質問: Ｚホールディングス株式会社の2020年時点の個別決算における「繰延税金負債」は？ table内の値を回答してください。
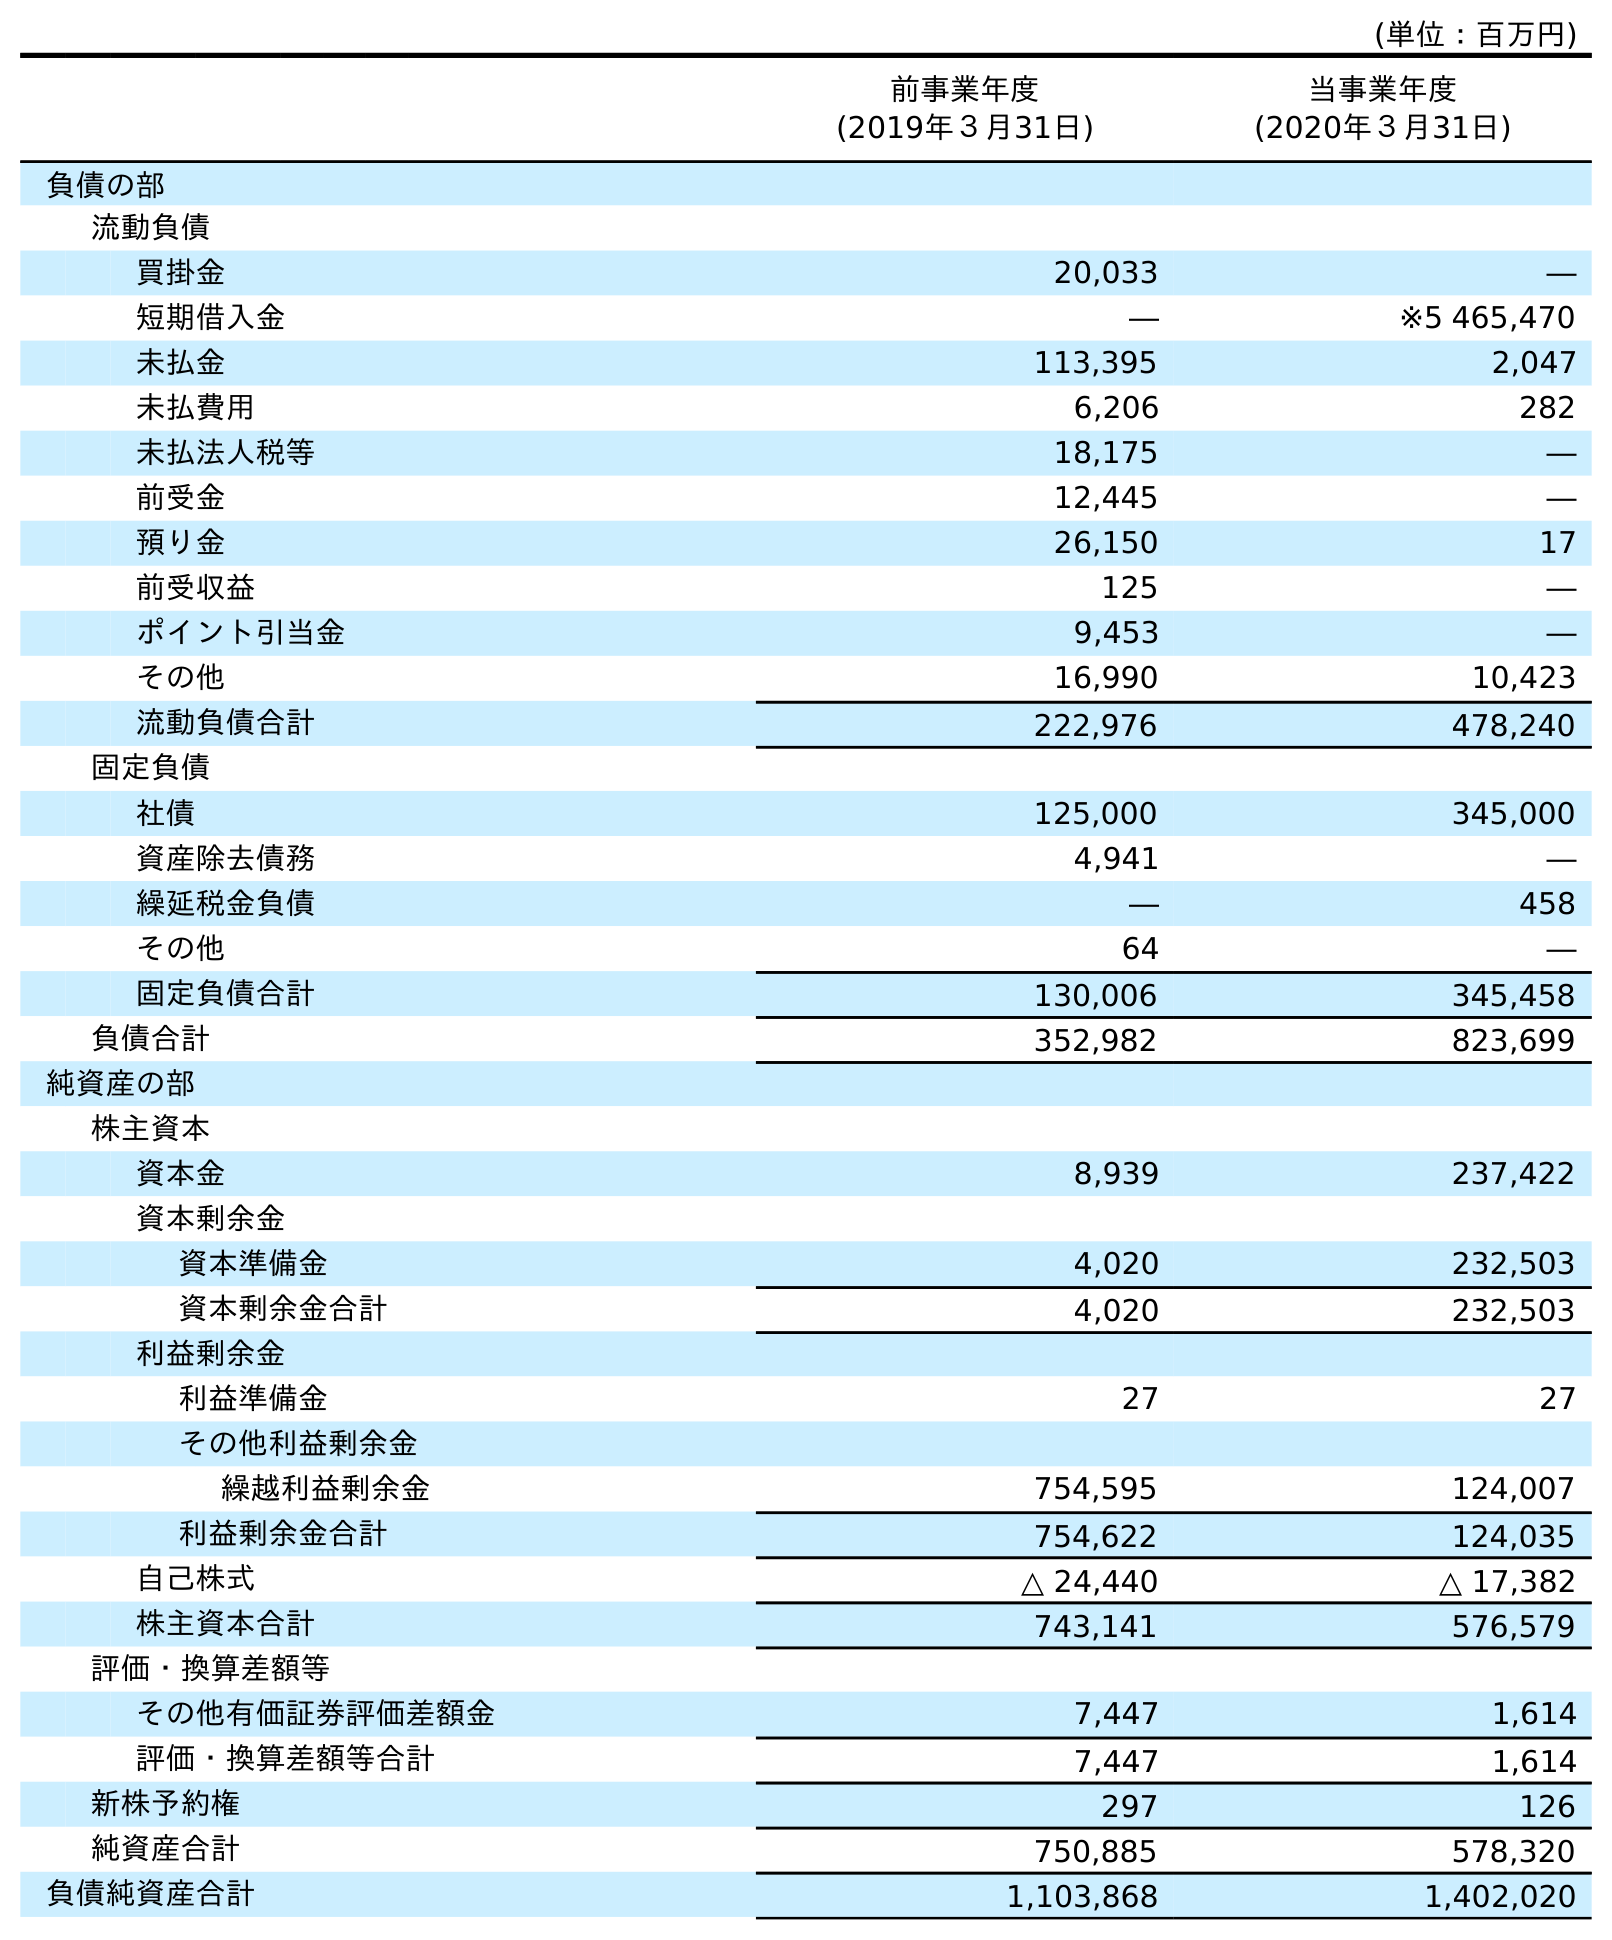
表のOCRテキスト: (単位：百万円) 前事業年度 (2019年３月31日) 当事業年度 (2020年３月31日) 負債の部 流動負債 買掛金 20,033 ― 短期借入金 ― ※5 465,470 未払金 113,395 2,047 未払費用 6,206 282 未払法人税等 18,175 ― 前受金 12,445 ― 預り金 26,150 17 前受収益 125 ― ポイント引当金 9,453 ― その他 16,990 10,423 流動負債合計 222,976 478,240 固定負債 社債 125,000 345,000 資産除去債務 4,941 ― 繰延税金負債 ― 458 その他 64 ― 固定負債合計 130,006 345,458 負債合計 352,982 823,699 純資産の部 株主資本 資本金 8,939 237,422 資本剰余金 資本準備金 4,020 232,503 資本剰余金合計 4,020 232,503 利益剰余金 利益準備金 27 27 その他利益剰余金 繰越利益剰余金 754,595 124,007 利益剰余金合計 754,622 124,035 自己株式 △ 24,440 △ 17,382 株主資本合計 743,141 576,579 評価・換算差額等 その他有価証券評価差額金 7,447 1,614 評価・換算差額等合計 7,447 1,614 新株予約権 297 126 純資産合計 750,885 578,320 負債純資産合計 1,103,868 1,402,020
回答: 458